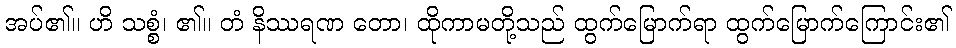
အပ်၏။ ဟိ သစ္စံ၊ ၏။ တံ နိဿရဏ တော၊ ထိုကာမတို့သည် ထွက်မြောက်ရာ ထွက်မြောက်ကြောင်း၏